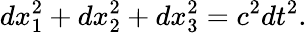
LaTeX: dx_{1}^{2}+dx_{2}^{2}+dx_{3}^{2}=c^{2}dt^{2}.